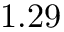
1 . 2 9